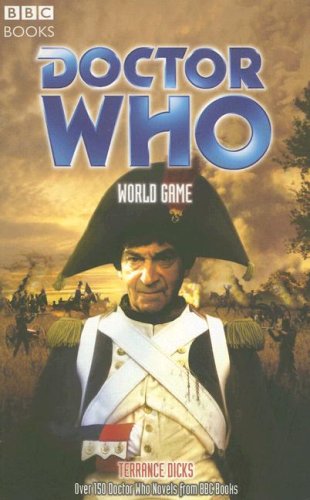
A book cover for Doctor Who: World Game (Doctor Who (BBC Paperback)); Terrance Dicks; Humor & Entertainment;